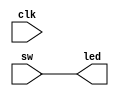
module top (
    input  wire clk,

    input  wire [7:0] sw,
    output wire [7:0] led,
);
    assign led = sw;
endmodule